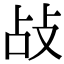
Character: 敁